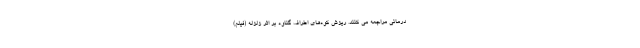
درمانی مراجعه می کنند. ریزش کوه‌های اطراف گناوه بر اثر زلزله (فیلم)